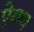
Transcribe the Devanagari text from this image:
ऐक्‍य